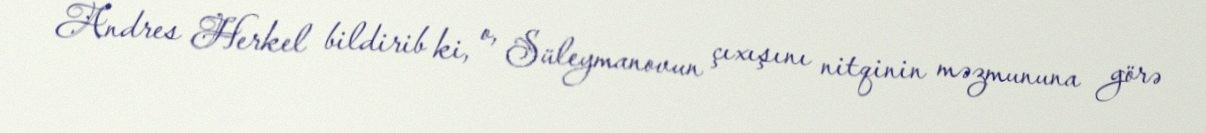
Andres Herkel bildirib ki, o, Süleymanovun çıxışını nitqinin məzmununa görə